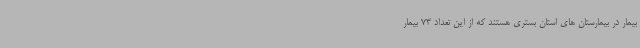
بیمار در بیمارستان های استان بستری هستند که از این تعداد 73 بیمار